Annual administration report of the Civil Veterinary Department of India - 1895-1896
Year: 1895
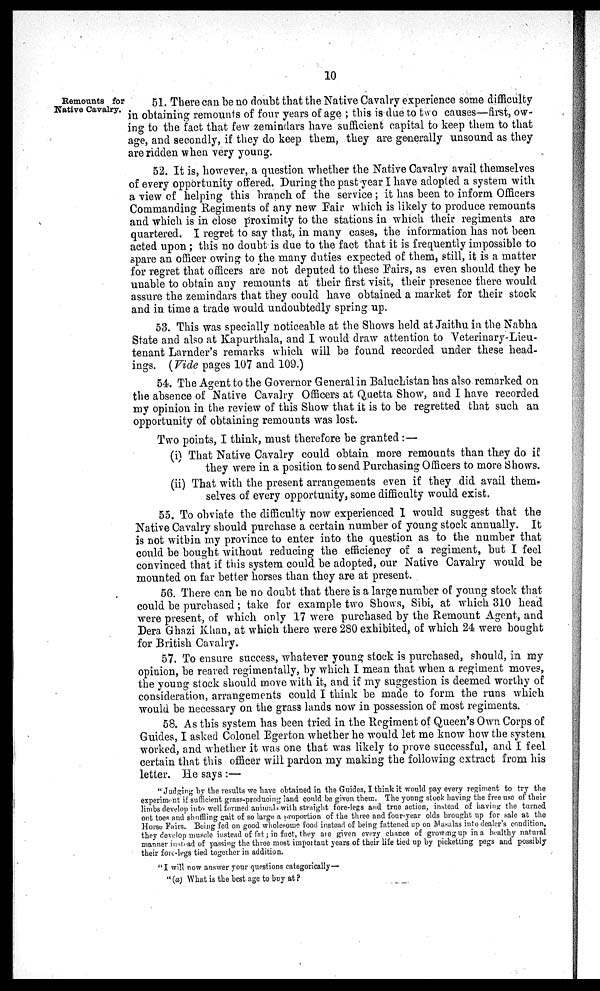
10
Remounts for
Native Cavalry.
51. There can be no doubt that the Native Cavalry experience some difficulty
in obtaining remounts of four years of age; this is due to two causes—first, ow-
ing to the fact that few zemindars have sufficient capital to keep them to that
age, and secondly, if they do keep them, they are generally unsound as they
are ridden when very young.
52. It is, however, a question whether the Native Cavalry avail themselves
of every opportunity offered. During the past year I have adopted a system with
a view of helping this branch of the service; it has been to inform Officers
Commanding Regiments of any new Fair which is likely to produce remounts
and which is in close proximity to the stations in which their regiments are
quartered. I regret to say that, in many cases, the information has not been
acted upon; this no doubt is due to the fact that it is frequently impossible to
spare an officer owing to the many duties expected of them, still, it is a matter
for regret that officers are not deputed to these Fairs, as even should they be
unable to obtain any remounts at their first visit, their presence there would
assure the zemindars that they could have obtained a market for their stock
and in time a trade would undoubtedly spring up.
53. This was specially noticeable at the Shows held at Jaithu in the Nabha
State and also at Kapurthala, and I would draw attention to Veterinary-Lieu-
tenant Larnder's remarks which will be found recorded under these head-
ings. (Vide pages 107 and 109.)
54. The Agent to the Governor General in Baluchistan has also remarked on
the absence of Native Cavalry Officers at Quetta Show, and I have recorded
my opinion in the review of this Show that it is to be regretted that such an
opportunity of obtaining remounts was lost.
Two points, I think, must therefore be granted:—
(i) That Native Cavalry could obtain more remounts than they do if:
they were in a position to send Purchasing Officers to more Shows.
(ii) That with the present arrangements even if they did avail them-
selves of every opportunity, some difficulty would exist.
55. To obviate the difficulty now experienced I would suggest that the
Native Cavalry should purchase a certain number of young stock annually. It
is not within my province to enter into the question as to the number that
could be bought without reducing the efficiency of a regiment, but I feel
convinced that if this system could be adopted, our Native Cavalry would be
mounted on far better horses than they are at present.
56. There can be no doubt that there is a large number of young stock that
could be purchased; take for example two Shows, Sibi, at which 310 head
were present, of which only 17 were purchased by the Remount Agent, and
Dera Ghazi Khan, at which there were 280 exhibited, of which 24 were bought
for British Cavalry.
57. To ensure success, whatever young stock is purchased, should, in my
opinion, be reared regimentally, by which I mean that when a regiment moves,
the young stock should move with it, and if my suggestion is deemed worthy of
consideration, arrangements could I think be made to form the runs which
would be necessary on the grass lands now in possession of most regiments.
58. As this system has been tried in the Regiment of Queen's Own Corps of
Guides, I asked Colonel Egerton whether he would let me know how the system
worked, and whether it was one that was likely to prove successful, and I feel
certain that this officer will pardon my making the following extract from his
letter. He says:—
"Judging by the results we have obtained in the Guides, I think it would pay every regiment to try the
experiment if sufficient grass-producing land could be given them. The young stock having the free use of their
limbs develop into well formed animals with straight fore-legs and true action, instead of having the turned
out toes and shuffling gait of so large a proportion of the three and four-year olds brought up for sale at the
Horse Fairs. Being fed on good wholesome food instead of being fattened up on Masalas into dealer's condition,
they develop muscle instead of fat; in fact, they are given every chance of growing up in a healthy natural
manner instead of passing the three most important years of their life tied up by picketting pegs and possibly
their fore-legs tied together in addition.
"I will now answer your questions categorically—
"(a) What is the best age to buy at?